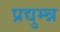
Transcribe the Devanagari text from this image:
प्रद्युम्न्न